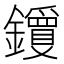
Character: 𬬝